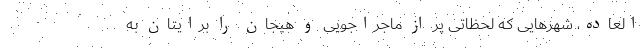
‌العاده، شهرهایی که لحظاتی پر از ماجراجویی و هیجان را برایتان به